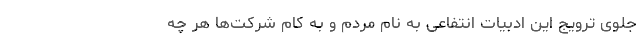
جلوی ترویج این ادبیات انتفاعی به نام مردم و به کام شرکت‌ها هر چه